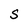
Character: S